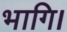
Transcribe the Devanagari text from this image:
भागि।